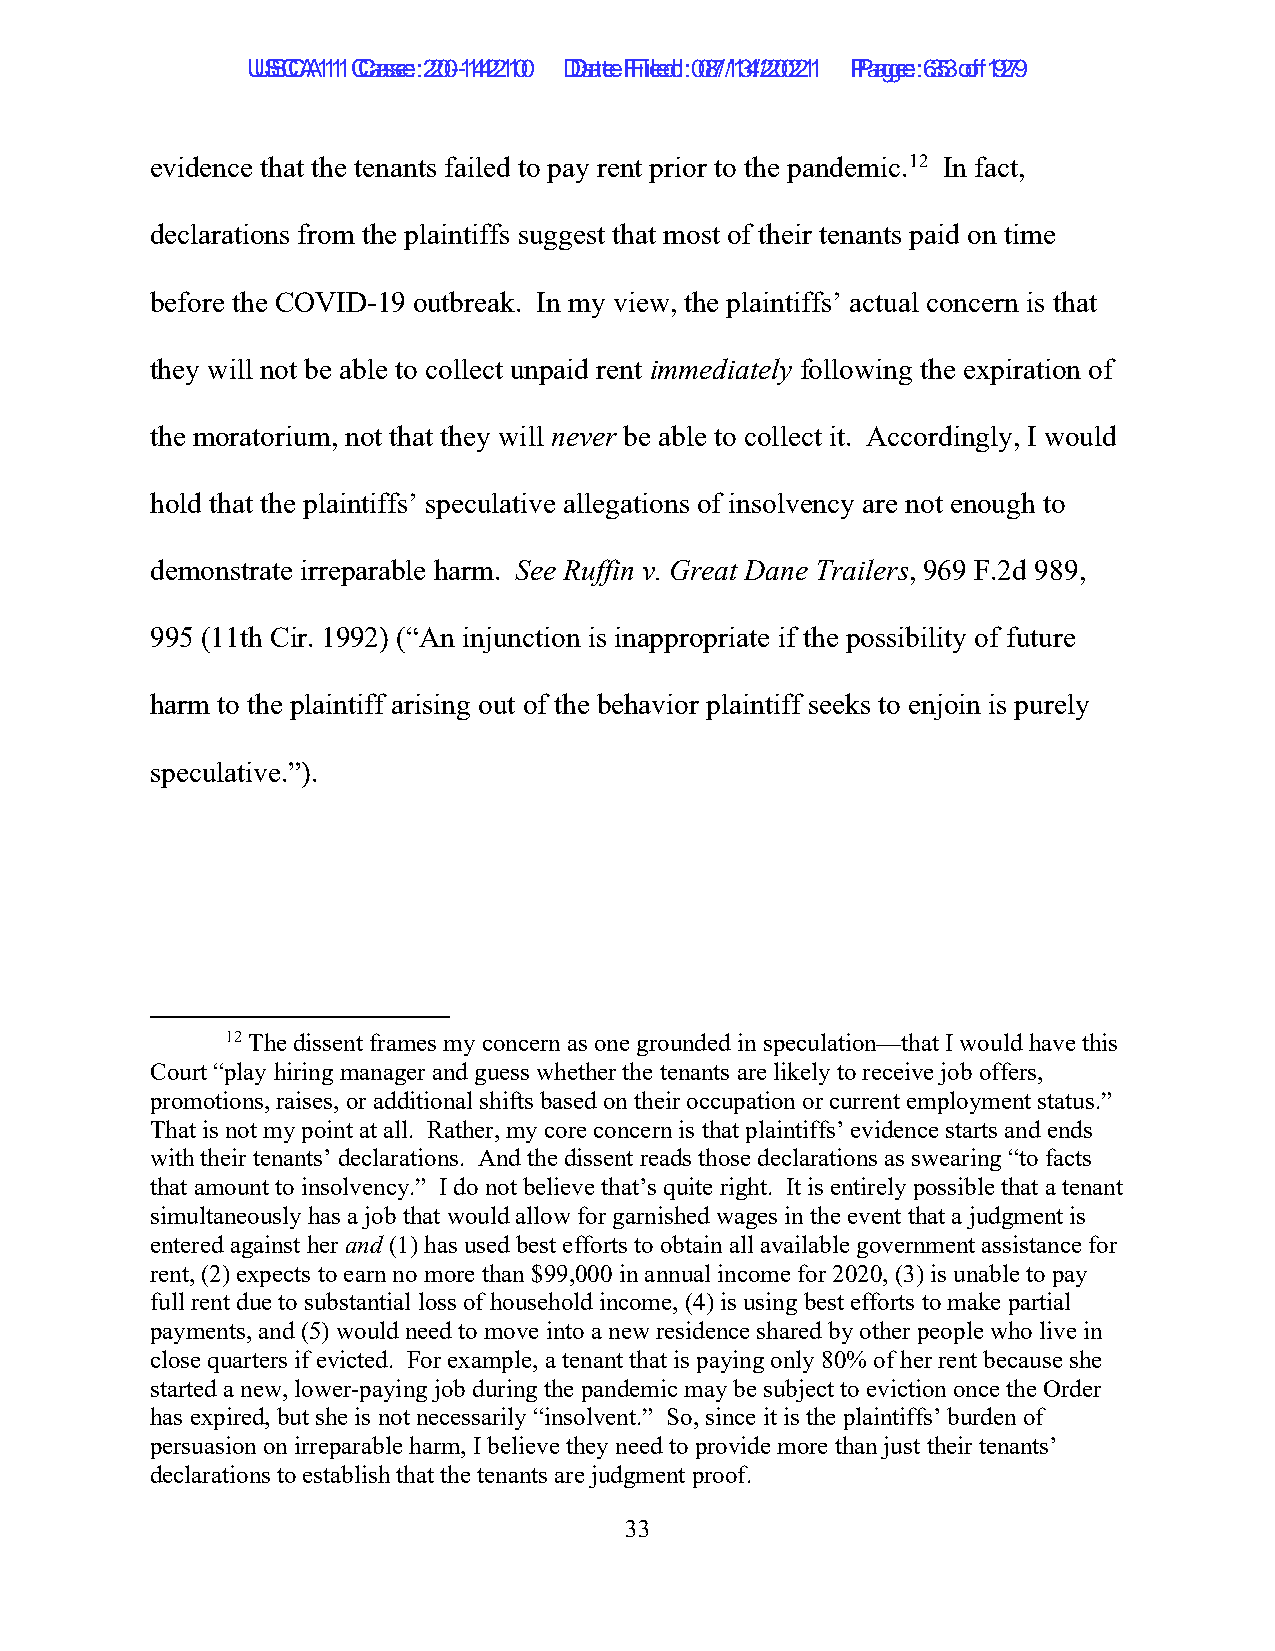
UUSSCCAA1111 C Caassee: :2 200--1144221100 D Daatete F Filieledd: :0 087/1/134/2/2002211 P Paaggee: :6 353 o of f1 9279
 evidence that the tenants failed to pay rent prior to the pandemic.12 In fact,
 declarations from the plaintiffs suggest that most of their tenants paid on time
 before the COVID-19 outbreak. In my view, the plaintiffs’ actual concern is that
 they will not be able to collect unpaid rent immediately following the expiration of
 the moratorium, not that they will never be able to collect it. Accordingly, I would
 hold that the plaintiffs’ speculative allegations of insolvency are not enough to
 demonstrate irreparable harm. See Ruffin v. Great Dane Trailers, 969 F.2d 989,
 995 (11th Cir. 1992) (“An injunction is inappropriate if the possibility of future
 harm to the plaintiff arising out of the behavior plaintiff seeks to enjoin is purely
 speculative.”).
 12 The dissent frames my concern as one grounded in speculation—that I would have this
 Court “play hiring manager and guess whether the tenants are likely to receive job offers,
 promotions, raises, or additional shifts based on their occupation or current employment status.”
 That is not my point at all. Rather, my core concern is that plaintiffs’ evidence starts and ends
 with their tenants’ declarations. And the dissent reads those declarations as swearing “to facts
 that amount to insolvency.” I do not believe that’s quite right. It is entirely possible that a tenant
 simultaneously has a job that would allow for garnished wages in the event that a judgment is
 entered against her and (1) has used best efforts to obtain all available government assistance for
 rent, (2) expects to earn no more than $99,000 in annual income for 2020, (3) is unable to pay
 full rent due to substantial loss of household income, (4) is using best efforts to make partial
 payments, and (5) would need to move into a new residence shared by other people who live in
 close quarters if evicted. For example, a tenant that is paying only 80% of her rent because she
 started a new, lower-paying job during the pandemic may be subject to eviction once the Order
 has expired, but she is not necessarily “insolvent.” So, since it is the plaintiffs’ burden of
 persuasion on irreparable harm, I believe they need to provide more than just their tenants’
 declarations to establish that the tenants are judgment proof.
 33